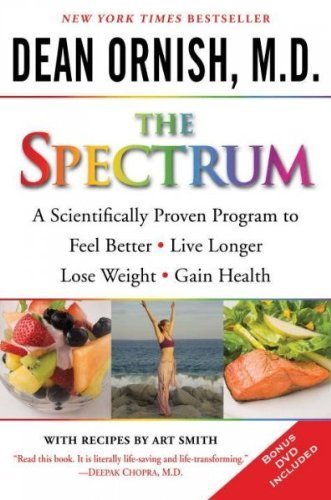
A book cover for [ The Spectrum: A Scientifically Proven Program to Feel Better, Live Longer, Lose Weight, and Gain Health [With DVD][ THE SPECTRUM: A SCIENTIFICALLY PROVEN PROGRAM TO FEEL BETTER, LIVE LONGER, LOSE WEIGHT, AND GAIN HEALTH [WITH DVD] ] By Ornish, Dean ( Author )Dec-30-2008 Paperback; Dean Ornish; Health, Fitness & Dieting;